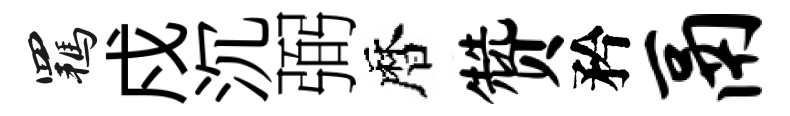
羈戍沉弼暦赞矜鬲